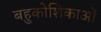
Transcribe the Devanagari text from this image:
बहुकोशिकाओं